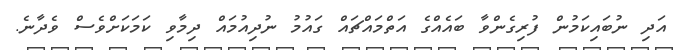
އަދި ނުބައިކަމުން ފުރިގެންވާ ބައެއްގެ އަތްމައްޗައް ގައުމު ނުދިއުމައް ދިމާވި ކަމަކަށްވެސް ވެދާނެ.